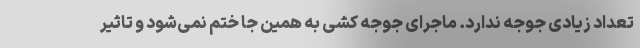
تعداد زیادی جوجه ندارد. ماجرای جوجه کشی به همین جا ختم نمی‌شود و تاثیر